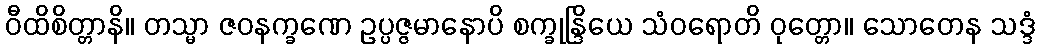
ဝီထိစိတ္တာနိ။ တသ္မာ ဇဝနက္ခဏေ ဥပ္ပဇ္ဇမာနောပိ စက္ခုန္ဒြိယေ သံဝရောတိ ဝုတ္တော။ သောတေန သဒ္ဒံ